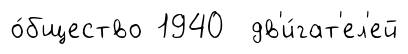
о́бщество 1940 дв'и́гат'ел'ей